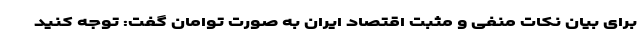
برای بیان نکات منفی و مثبت اقتصاد ایران به صورت توامان گفت: توجه کنید